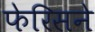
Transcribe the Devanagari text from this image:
फेरिसने